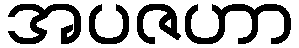
အပဇဟာ